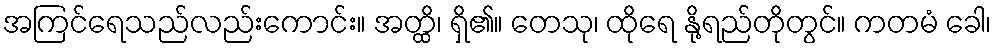
အကြင်ရေသည်လည်းကောင်း။ အတ္ထိ၊ ရှိ၏။ တေသု၊ ထိုရေ နို့ရည်တိုတွင်။ ကတမံ ခေါ၊